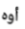
أوه